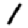
Digit: 1